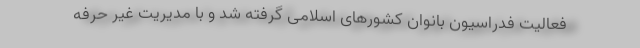
فعالیت فدراسیون بانوان کشورهای اسلامی گرفته شد و با مدیریت غیر حرفه